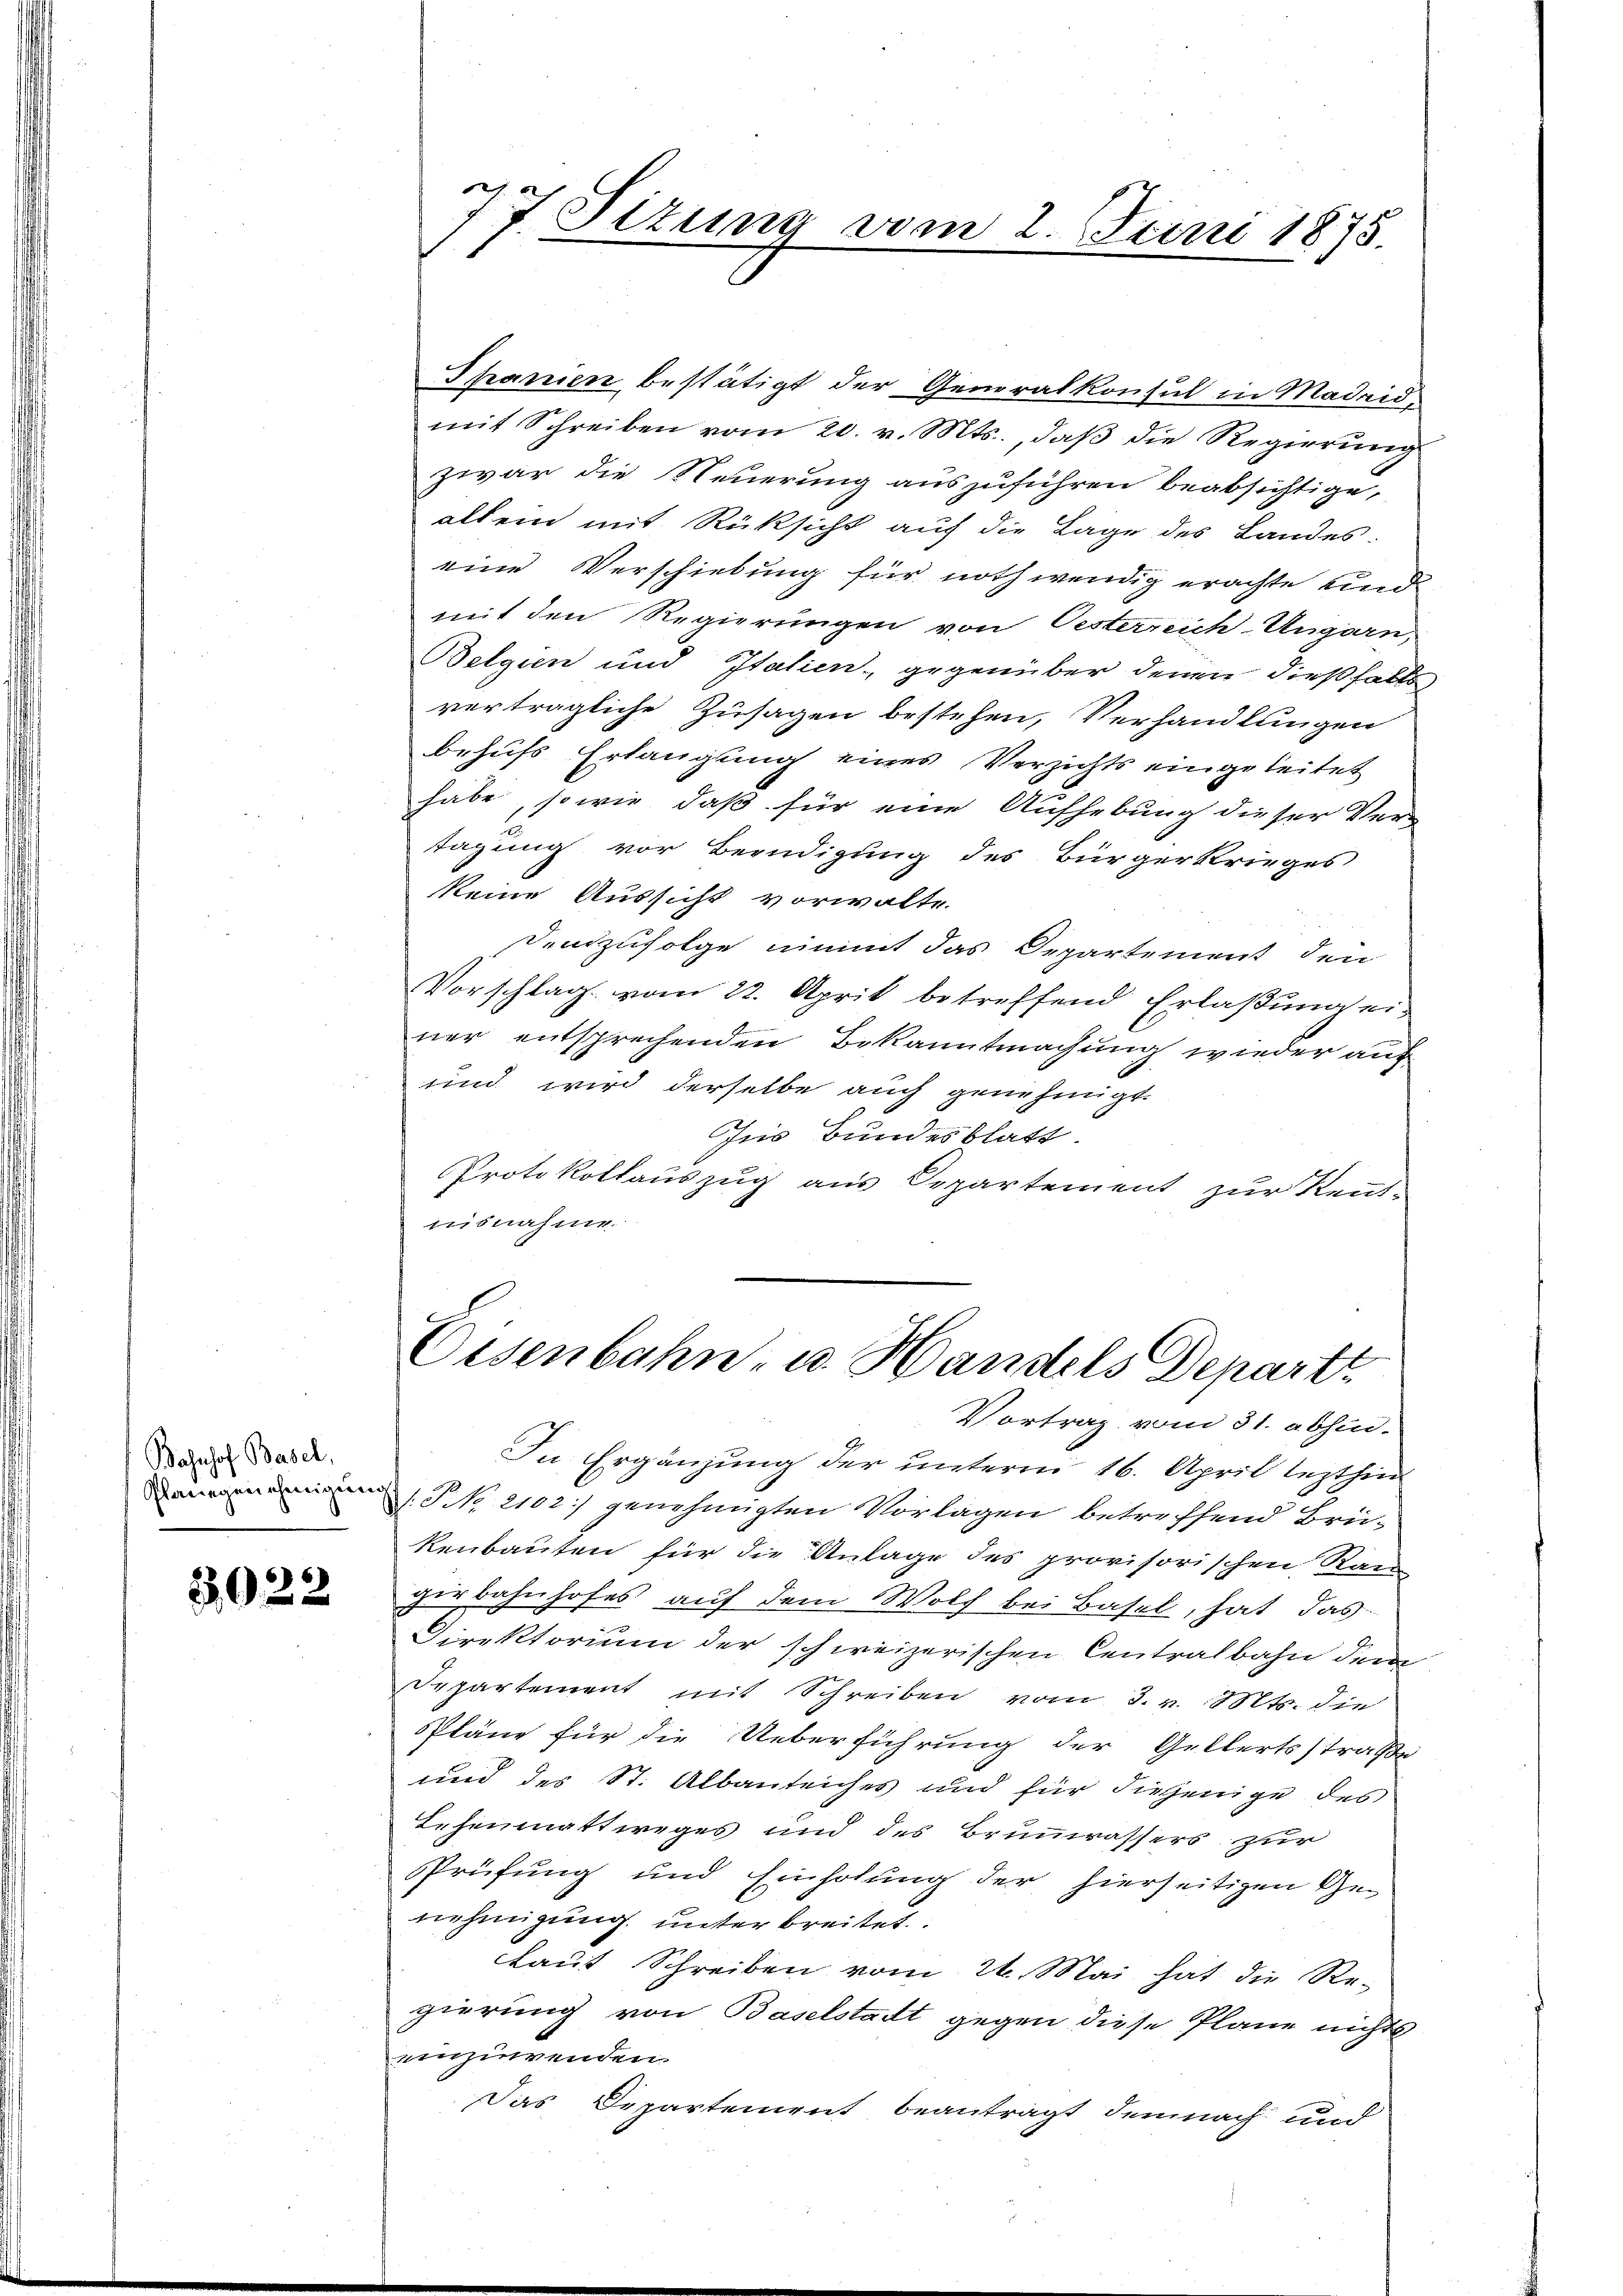
Bahnhof Basel,
Planegenehmigung

3922

x
Situng vom 2. Juni 1875.

Schanien bestätigt der Generalkonsul in Madeidmit Schreiben vom 20. v. Mts., daβ die Regierŭng
zwar die Steuerung auszuführen beabsichtige,
allein mit Rüksicht auf die Lage des Landes.
eine Verschiebung für nothwendig erachte und
mit den Regierungen von Oesterreich-Ungarn,
Belgien und Italien, gegenüber denen dießfalls
verträgliche Zusagen bestehen, Verhandlungen
behufs Erlangung eines Verzichts eingeleitet
habe, so wie daß für eine Aufhebung dieser Vertagung vor Beendigung des Bürgerkrieges,
keine Aussicht vorwalte.
Senzufolge nimmt das Departement den
Vorschlag vom 22. April betreffend Erlaßung einer entsprechenden Bekanntmachung wieder auf
und wird derselbe auch genehmigt.
Ins Bundesblatt.
Protokollauszug aus Departement zur Kennt-
nisnahme.
Eisenbahn u. Handels Depart
Vortrag vom 31. abhin.
In Ergänzung der unterm 16. April lezthin
G NNo. 2102) genehmigten Vorlagen betreffend Brükenbauten für die Anlage des provisorischen Ran
girbahnhofes auf dem Wolf bei Basel, hat das
Direktorium der schweizerischen Centralbahn dem
Departement mit Schreiben vom 3. v. Mts. die
Pläne für die Ueberführung der Gellertsstraße
und des St. Albauteiches und für diejenige des
Lehenmattweges und des Brunnrassers zur
Prüfung und Einholung der hierseitigen Ge-
nehmigung unter breitet
Laut Schreiben vom 24. Mai hat die Re-
gierung von Baselstadt gegen diese Pläne nichts
einzuwenden.
Das Departement beanträgt demnach und